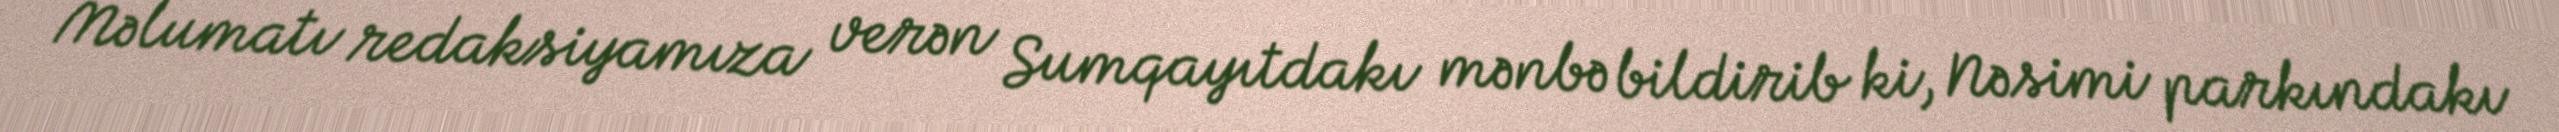
Məlumatı redaksiyamıza verən Sumqayıtdakı mənbə bildirib ki, Nəsimi parkındakı